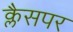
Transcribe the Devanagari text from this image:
क्लैसपर